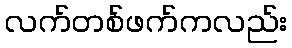
လက်တစ်ဖက်ကလည်း